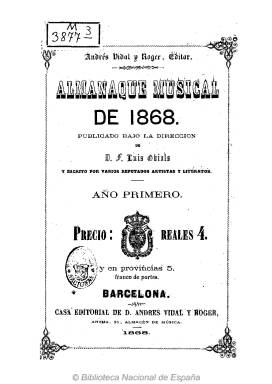
Título: Almanaque musical (Barcelona)
Colección: Música || Almanaques
Ámbito geográfico: Barcelona
Lugar de publicación: Barcelona
Fechas: 01/01/1868-31/12/1868

Publicado bajo la dirección del escritor Francisco Luis Obiols, sus principales colaboradores son el compositor e impulsor de la musicología moderna Felipe Pedrell (1841-1922), que firma en sus páginas el artículo titulado La música del porvenir, en el que traza aspectos de la música nacional alemana y define la de Richard Wagner, y Antonio Fargas y Soler (1813-1888), que publica otros, como el titulado Anales de los teatros líricos de Barcelona, y en concreto el de Santa Cruz, donde ofrece un listado de los artistas y compañías italianas y de las óperas que han sido puestas en escena en el mismo desde 1815, así como otros sobre Rossini y sus obras y el Listado de las obras compuestas por el maestro Donizetti. También escribe Fargas sobre el Gran Teatro del Liceo barcelonés. Bajo las iniciales B.Z. (Benito Zozaya) aparece otro texto sobre las Clases de música del Liceo Filarmónico de S.M. la Reina Dª Isabel 2ª, y bajo las de J.T. (Juan Tresserra), un artículo sobre la fabricación de instrumentos musicales en España. Otros artículos versan sobre el Teatro Real de Madrid o el Real Conservatorio de Música de Madrid, e inserta otros bajo los epígrafes Biblioteca musical, firmado por T. de M., o Conciertos clásicos. Es editado por la Casa Editorial de Andrés Vidal y Roger, fabricante también de instrumentos musicales. En el prólogo del volumen, Obiols expresa que Barcelona era entonces “el centro del arte musical de España”, y se trata del primer almanaque que se publica en España sobre el arte musical, junto al Almanaque musical y de teatros, que se editó también ese mismo año de 1868 en Madrid. Forma un volumen de 87 páginas foliadas, que al principio cuenta con un calendario religioso y astronómico y, al final, con un índice, e inserta alguna publicidad comercial. No fueron editadas más entregas anuales del mismo.